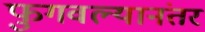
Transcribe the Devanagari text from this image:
फुगवल्यानंतर